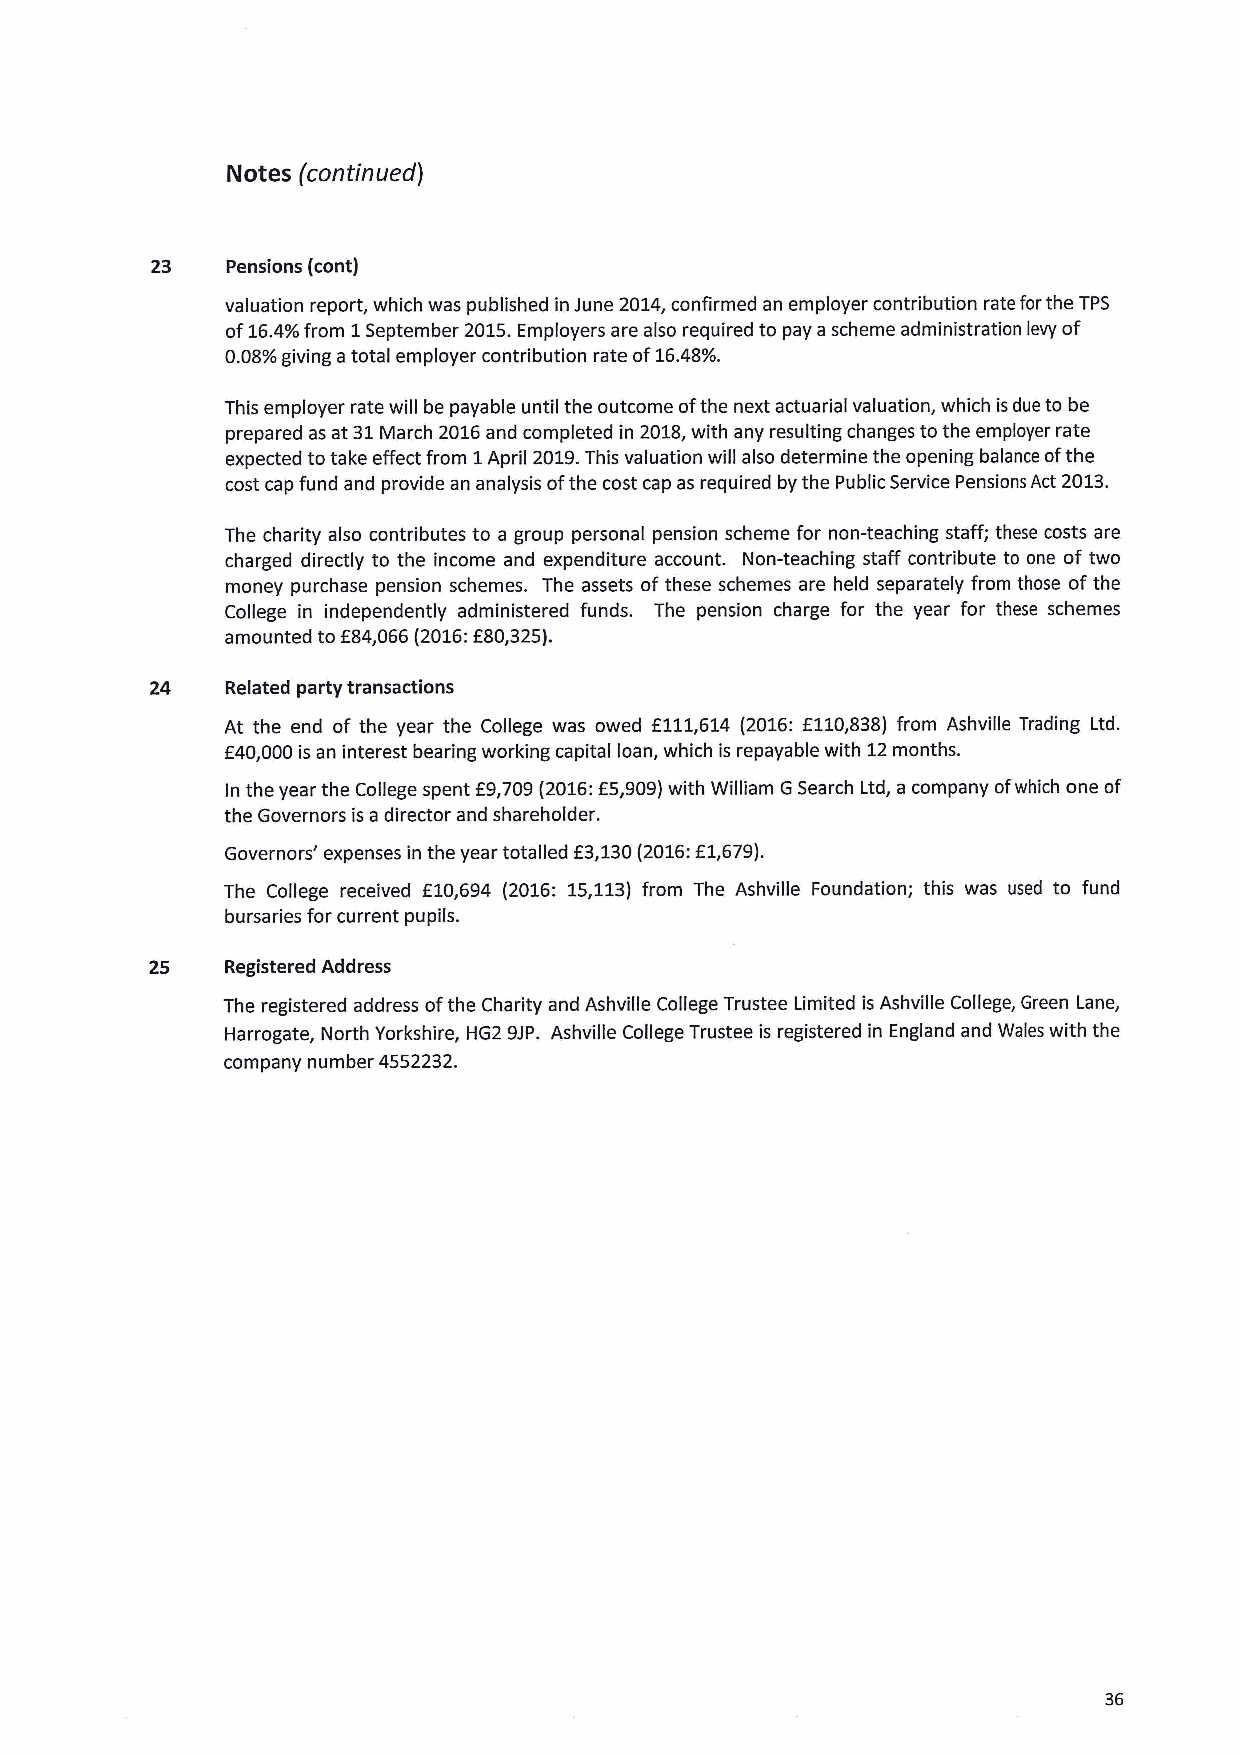
Notes (continued j
 23   Pensions (cont)
 valuation report, which was published in June 2014,confirmed an employer contribution rate forthe TPS
 of16.4%from 1September 2015.Employers are also required to pay a scheme administration levy of
 0.08%giving a total employer contribution rate of16.48%.
 This employer rate will be payable until the outcome ofthe next actuarial valuation, which isdue to be
 prepared as at 31March 2016and completed in 2018,with any resulting changes to the employer rate
 expected to take effect from 1April 2019.This valuation will also determine the opening balance ofthe
 cost cap fund and provide an analysis ofthe cost cap as required by the Public Service Pensions Act 2013.
 The charity also contributes to a group personal pension scheme for non-teaching staff; these costs are
 charged directly to the income and expenditure account. Non-teaching staff contribute to one of two
 money purchase pension schemes. The assets of these schemes are held separately from those of the
 College in independently administered funds. The pension charge for the year for these schemes
 f
 amounted to 84,066 (2016:f80,325).
 24   Related party transactions
 At the end of the year the College was owed f111,614 (2016:f110,838) from Ashville Trading Ltd.
 f40,000is an interest bearing working capital loan, which is repayable with 12months.
 In the year the College spent E9,709(2016:E5,909)with William GSearch Ltd, a company ofwhich one of
 the Governors is a director and shareholder.
 Governors' expenses in the year totalled E3,130(2016:E1,679).
 The College received f10,694 (2016: 15,113) from The Ashville Foundation; this was used to fund
 bursaries for current pupils.
 25   Registered Address
 The registered address ofthe Charity and Ashville College Trustee Limited is Ashville College, Green Lane,
 Harrogate, North Yorkshire, HG2 9JP. Ashville College Trustee is registered in England and Wales with the
 company number 4552232.
 36